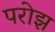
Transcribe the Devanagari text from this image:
परोझ